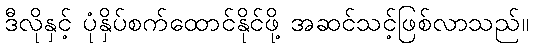
ဒီလိုနှင့် ပုံနှိပ်စက်ထောင်နိုင်ဖို့ အဆင်သင့်ဖြစ်လာသည်။